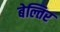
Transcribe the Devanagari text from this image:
बेल्तिर